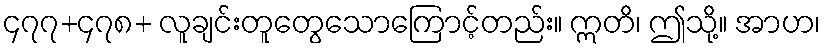
၄၇၇+၄၇၈+ လူချင်းတူတွေသောကြောင့်တည်း။ ဣတိ၊ ဤသို့။ အာဟ၊